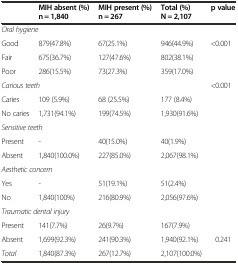
|  | MIH absent (%) n = 1,840 | MIH present (%) n = 267 | Total (%) N = 2,107 | p value |
 | --- | --- | --- | --- | --- |
 | <COLSPAN=4> Oral hygiene |  |
 | Good | 879(47.8%) | 67(25.1%) | 946(44.9%) | <ROWSPAN=3> <0.001 |
 | Fair | 675(36.7%) | 127(47.6%) | 802(38.1%) |
 | Poor | 286(15.5%) | 73(27.3%) | 359(17.0%) |
 | <COLSPAN=4> Carious teeth | <ROWSPAN=3> <0.001 |
 | Caries | 109 (5.9%) | 68 (25.5%) | 177 (8.4%) |
 | No caries | 1,731(94.1%) | 199(74.5%) | 1,930(91.6%) |
 | <COLSPAN=4> Sensitive teeth |  |
 | Present | - | 40(15.0%) | 40(1.9%) |  |
 | Absent | 1,840(100.0%) | 227(85.0%) | 2,067(98.1%) |  |
 | <COLSPAN=4> Aesthetic concern |  |
 | Yes | - | 51(19.1%) | 51(2.4%) |  |
 | No | 1,840(100%) | 216(80.9%) | 2,056(97.6%) |  |
 | <COLSPAN=4> Traumatic dental injury |  |
 | Present | 141(7.7%) | 26(9.7%) | 167(7.9%) |  |
 | Absent | 1,699(92.3%) | 241(90.3%) | 1,940(92.1%) | <ROWSPAN=2> 0.241 |
 | Total | 1,840(87.3%) | 267(12.7%) | 2,107(100.0%) |